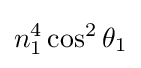
n_{1}^{4}\cos ^{2}\theta _{1}